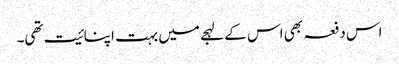
اس دفعہ بھی اس کے لہجے میں بہت اپنائیت تھی۔